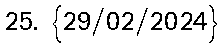
25. {29/02/2024}